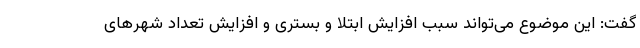
گفت: این موضوع می‌تواند سبب افزایش ابتلا و بستری و افزایش تعداد شهرهای